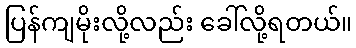
ပြန်ကျမိုးလို့လည်း ခေါ်လို့ရတယ်။